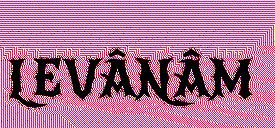
LEVÂNÂM